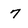
Character: 7